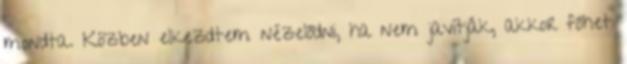
mondta. Közben elkezdtem nézelődni, ha nem javítják, akkor főhet